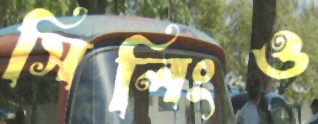
সিলিংও